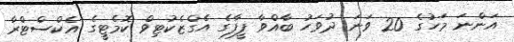
އަންނަ މަހުގެ 20 ވަނަ ދުވަހު ބާއްވާ ފީފާގެ އެގްޒެކުޓިވް ކޮމެޓީގެ އެކްސްޓްރާ